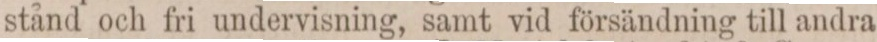
stånd och fri undervisning, samt vid försändning till andra